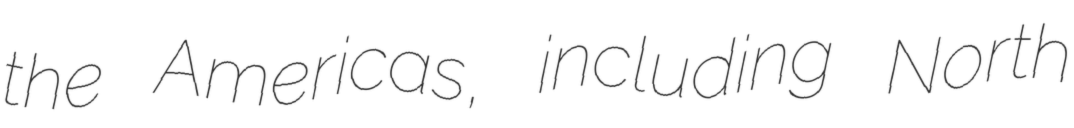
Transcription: the Americas, including North